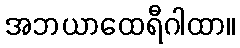
အဘယာထေရီဂါထာ။